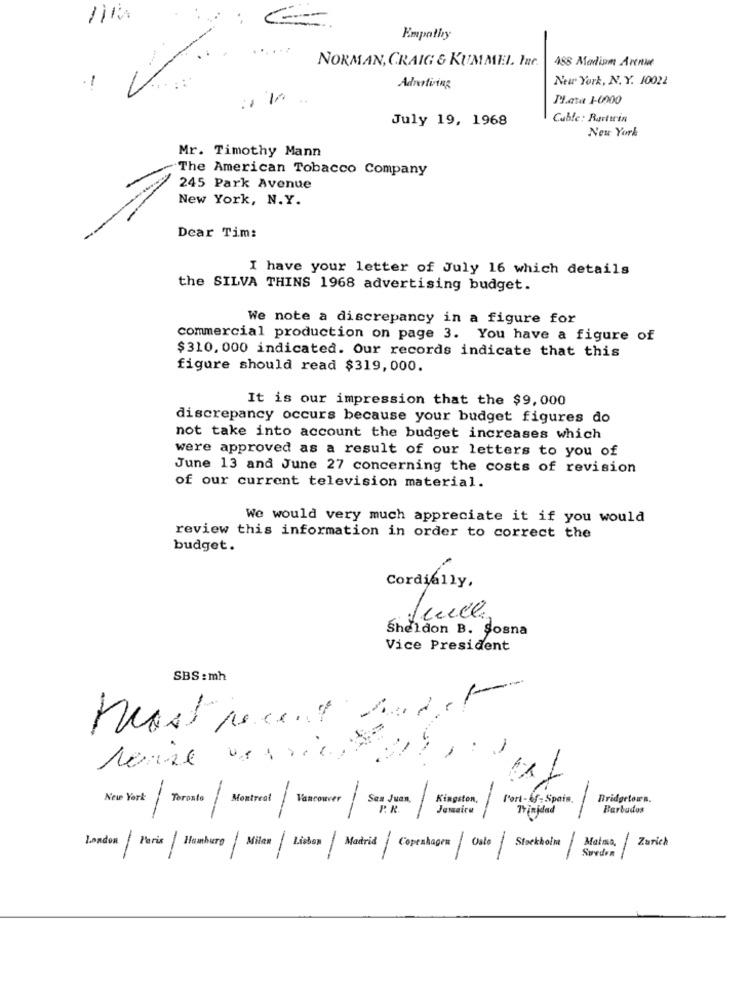
==
Empathy
NORMAN, CRAIG & KUMMEL. Inc.
488 Madisom Arenue
New York, N. Y. 10022
-
Advertising
Plata 1-0000
July 19, 1968
Cable: Barttrin
New York
Mr. Timothy Mann
The American Tobacco Company
245 Park Avenue
New York, N.Y.
Dear Tim:
I have your letter of July 16 which details
the SILVA THINS 1968 advertising budget.
We note a discrepancy in a figure for
commercial production on page 3. You have a figure of
$310, 000 indicated. Our records indicate that this
figure should read $319,000.
It is our impression that the $9,000
discrepancy occurs because your budget figures do
not take into account the budget increases which
were approved as a result of our letters to you of
June 13 and June 27 concerning the costs of revision
of our current television material.
We would very much appreciate it if you would
review this information in order to correct the
budget.
Cordially.
fence
Sheldon B. Sosna
Vice President
SBS : mh
Most recent
New York Toronto Montreal Vancouver
San Juan,
Kingston,
l'ort-Af- Spain.
Bridgetown.
P. R.
Jamaica
Trinidad
Barbudos
Stockholm
Zurich
London Paris Hamburg Milen Lisbon Madrid Copenhagen Oslo
Sweden